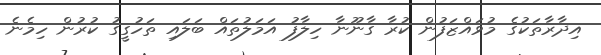
އިދާރާތަކުގެ މުވައްޒަަފުން ކުރާ ގާނޫނާ ހިލާފު އަމަލުތައް ބަލައި ތަހުގީގު ކުރުން ހިމެނެ